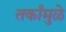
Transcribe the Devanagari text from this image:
तर्कांमुळे